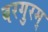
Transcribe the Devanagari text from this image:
वरगुरम्